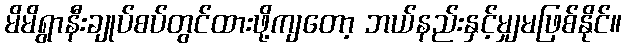
မိမိရွာနီးချုပ်စပ်တွင်ထားဖို့ကျတော့ ဘယ်နည်းနှင့်မျှမဖြစ်နိုင်။